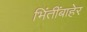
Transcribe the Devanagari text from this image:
भिंतींबाहेर